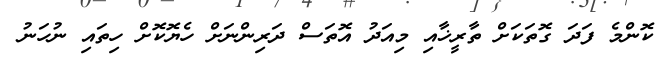
ކޮންމެ ފަދަ ގޮތަކަށް ތާރީޚާއި މިއަދު އޮތަސް ދަރިންނަށް ހެޔޮކޮށް ހިތައި ނުހަނު